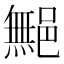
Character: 𲆜